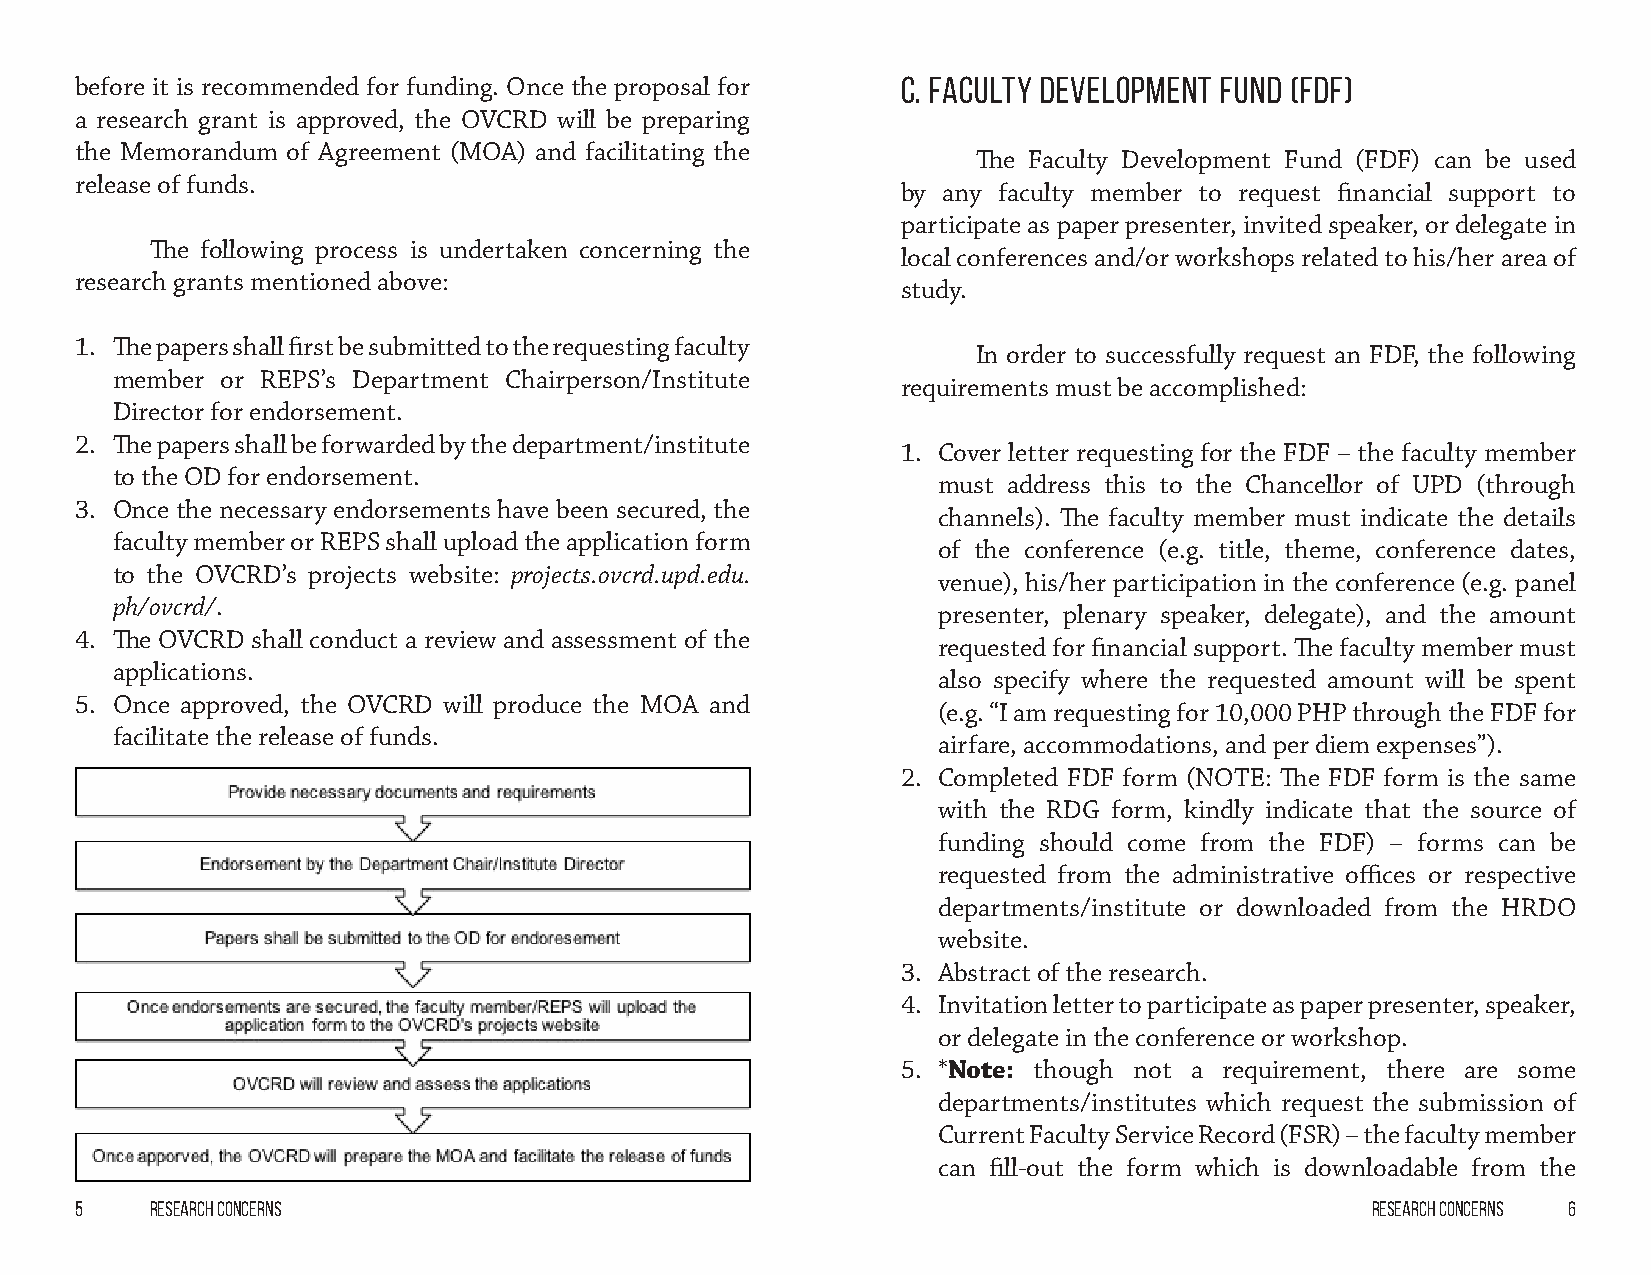
before it is recommended for funding. Once the proposal for C. Faculty Development Fund (FDF)
 a research grant is approved, the OVCRD will be preparing
 the Memorandum of Agreement (MOA) and facilitating the
 The Faculty Development Fund (FDF) can be used
 release of funds.
 by any faculty member to request financial support to
 participate as paper presenter, invited speaker, or delegate in
 The following process is undertaken concerning the
 local conferences and/or workshops related to his/her area of
 research grants mentioned above:
 study.
 1. The papers shall first be submitted to the requesting faculty
 In order to successfully request an FDF, the following
 member  or REPS’s Department Chairperson/Institute
 requirements must be accomplished:
 Director for endorsement.
 2. The papers shall be forwarded by the department/institute
 1. Cover letter requesting for the FDF – the faculty member
 to the OD for endorsement.
 must address this to the Chancellor of UPD (through
 3. Once the necessary endorsements have been secured, the
 channels). The faculty member must indicate the details
 faculty member or REPS shall upload the application form
 of the conference (e.g. title, theme, conference dates,
 to the OVCRD’s projects website: projects.ovcrd.upd.edu.
 venue), his/her participation in the conference (e.g. panel
 ph/ovcrd/.
 presenter, plenary speaker, delegate), and the amount
 4. The OVCRD shall conduct a review and assessment of the
 requested for financial support. The faculty member must
 applications.
 also specify where the requested amount will be spent
 5. Once approved, the OVCRD will produce the MOA and
 (e.g. “I am requesting for 10,000 PHP through the FDF for
 facilitate the release of funds.
 airfare, accommodations, and per diem expenses”).
 2. Completed FDF form (NOTE: The FDF form is the same
 with the RDG form, kindly indicate that the source of
 funding should come from the FDF) – forms can be
 requested from the administrative offices or respective
 departments/institute or downloaded from the HRDO
 website.
 3. Abstract of the research.
 4. Invitation letter to participate as paper presenter, speaker,
 or delegate in the conference or workshop.
 5. *Note: though not a requirement, there are some
 departments/institutes which request the submission of
 Current Faculty Service Record (FSR) – the faculty member
 can fill-out the form which is downloadable from the
 5    Research Concerns                                                                Research Concerns 6